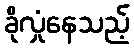
ခိုလှုံနေသည့်